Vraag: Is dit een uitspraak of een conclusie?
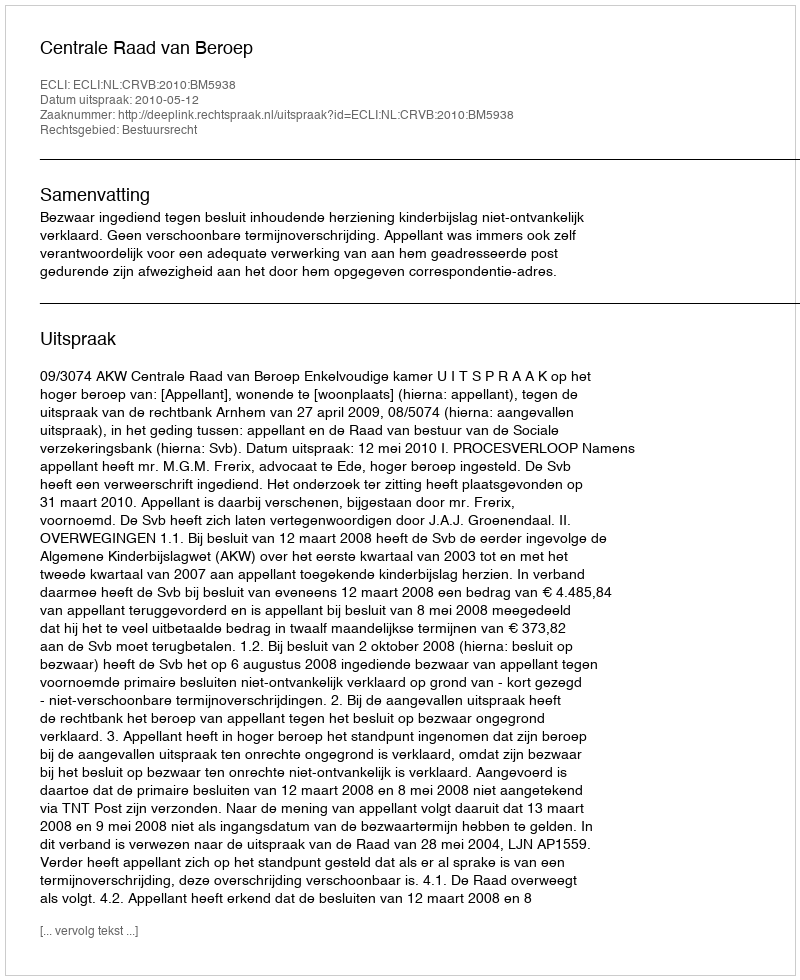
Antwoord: Uitspraak